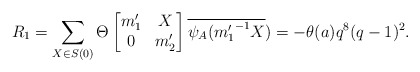
\begin{align*} R_1=\sum_{X \in S(0)}\Theta \begin{bmatrix} m_1' & X\\ 0 & m_2' \end{bmatrix} \overline{\psi_A({m_1'}^{-1}X})=-\theta(a)q^8(q-1)^2. \end{align*}